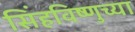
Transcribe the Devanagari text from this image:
सिंहविष्णुच्या